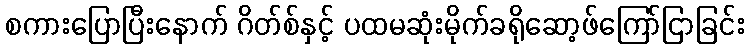
စကားပြောပြီးနောက် ဂိတ်စ်နှင့် ပထမဆုံးမိုက်ခရိုဆော့ဖ်ကြော်ငြာခြင်း